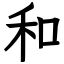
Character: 和